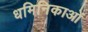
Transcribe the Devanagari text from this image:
धमिनिकाओं